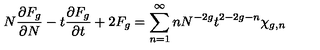
N { \frac { \partial F _ { g } } { \partial N } } - t { \frac { \partial F _ { g } } { \partial t } } + 2 F _ { g } = \sum _ { n = 1 } ^ { \infty } n N ^ { - 2 g } t ^ { 2 - 2 g - n } \chi _ { g , n }